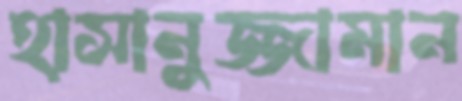
হাসানুজ্জামান